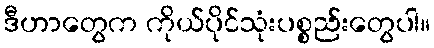
ဒီဟာတွေက ကိုယ်ပိုင်သုံးပစ္စည်းတွေပါ။